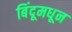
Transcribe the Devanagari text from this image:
बिंदूमधून